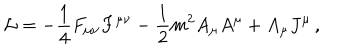
{ \cal L } = - \frac { 1 } { 4 } F _ { \mu \nu } F ^ { \mu \nu } - \frac { 1 } { 2 } m ^ { 2 } A _ { \mu } A ^ { \mu } + A _ { \mu } J ^ { \mu } \, ,